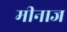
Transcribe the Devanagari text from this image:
मीनाज